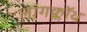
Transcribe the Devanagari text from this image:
लांगक्लॉथ